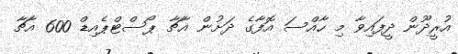
އުރީދޫން ދީފައިވާ މި ހާއްސަ އޮފާގެ ދަށުން އާޗާ ޕޯސްޓްޕެއިޑް 600 އާޗާ